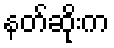
နတ်ဆိုးက